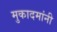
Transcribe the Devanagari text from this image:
मुकादमांनी